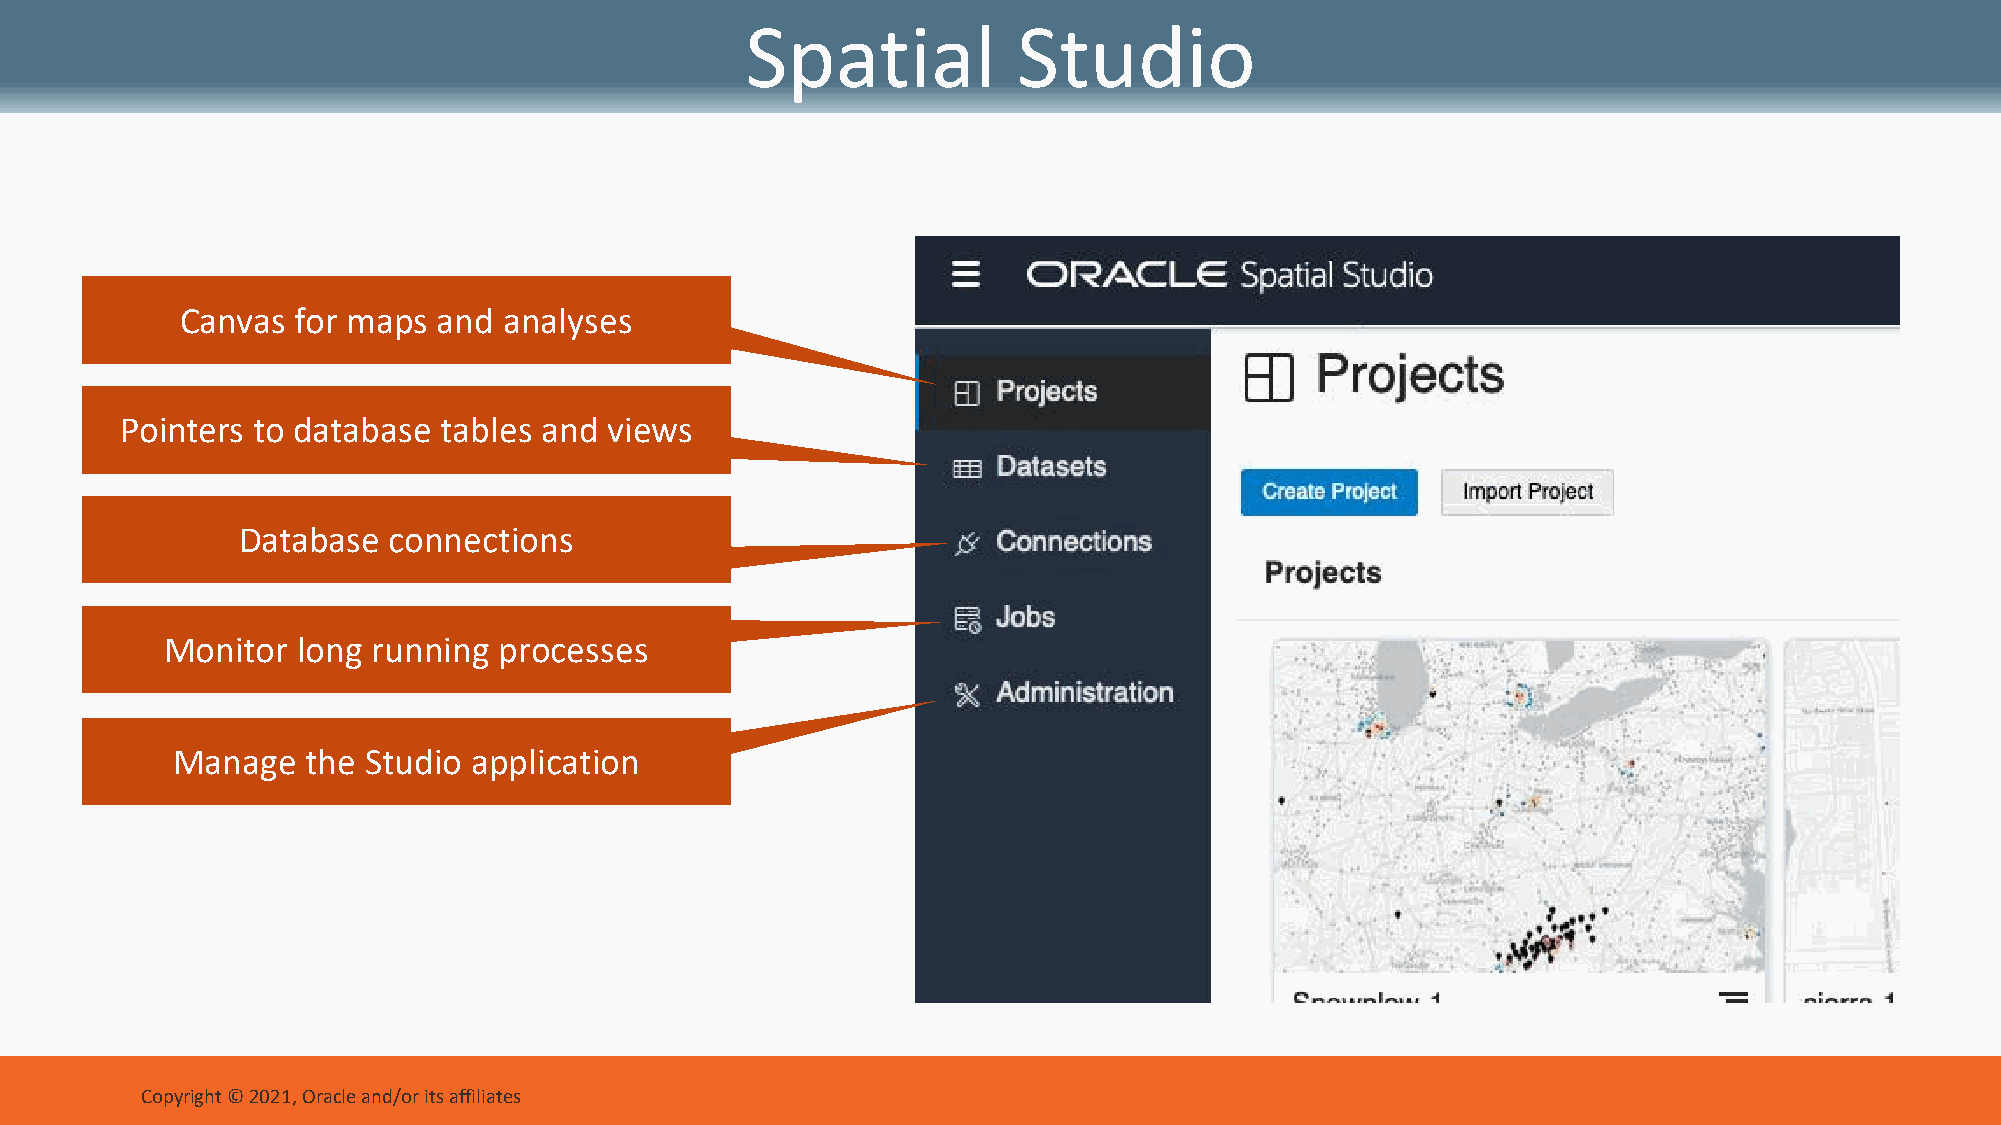
Spatial           Studio
 Canvas for maps  and analyses
 Pointers to database tables and views
 Database  connections
 Monitor  long running processes
 Manage   the Studio application
 Copyright © 2021, Oracle and/or its affiliates